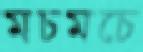
মচমচে